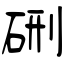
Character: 硎